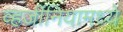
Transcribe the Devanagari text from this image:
व्हर्जीनियामध्ये